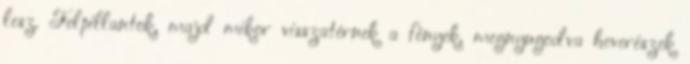
lesz. Felpillantok, majd mikor visszatérnek a fények, megnyugodva heverészek